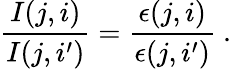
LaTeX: \frac{I(j,i)}{I(j,i^{\prime})}=\frac{\epsilon(j,i)}{\epsilon(j,i^{\prime})}\ .